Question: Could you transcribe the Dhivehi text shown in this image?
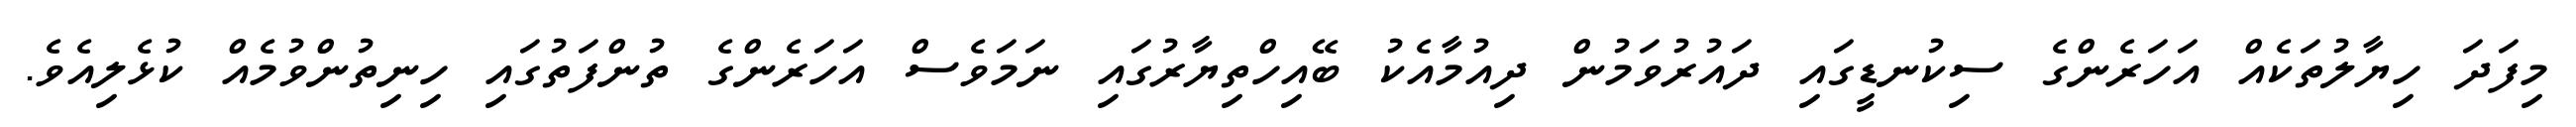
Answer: މިފަދަ ހިޔާލުތަކެއް އަހަރެންގެ ސިކުނޑީގައި ދައުރުވަމުން ދިއުމާއެކު ބޭއިހްތިޔާރުގައި ނަމަވެސް އަހަރެންގެ ތުންފަތުގައި ހިނިތުންވުމެއް ކުޅެލިއެވެ.